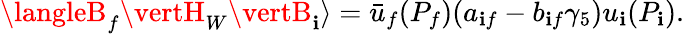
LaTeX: \langleB_{f}\vertH_{W}\vertB_{\mathbf{i}}\rangle=\bar{{u}}_{f}(P_{f})(a_{\mathbf{i}f}-b_{\mathbf{i}f}\gamma_{5})u_{\mathbf{i}}(P_{\mathbf{i}}).